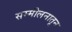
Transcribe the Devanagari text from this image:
सम्मीलनातून